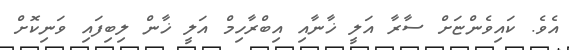
އެވެ. ކައިވެންޏަށް ސާރާ އަލީ ޚާނާއި އިބްރާހިމް އަލީ ޚާން ލިބިފައި ވަނިކޮށް